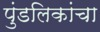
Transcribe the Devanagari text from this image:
पुंडलिकांचा